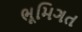
ભૂમિગત